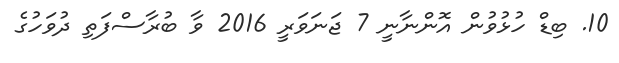
10. ބިޑް ހުޅުވުން އޮންނާނީ 7 ޖަނަވަރީ 2016 ވާ ބުރާސްފަތި ދުވަހުގެ